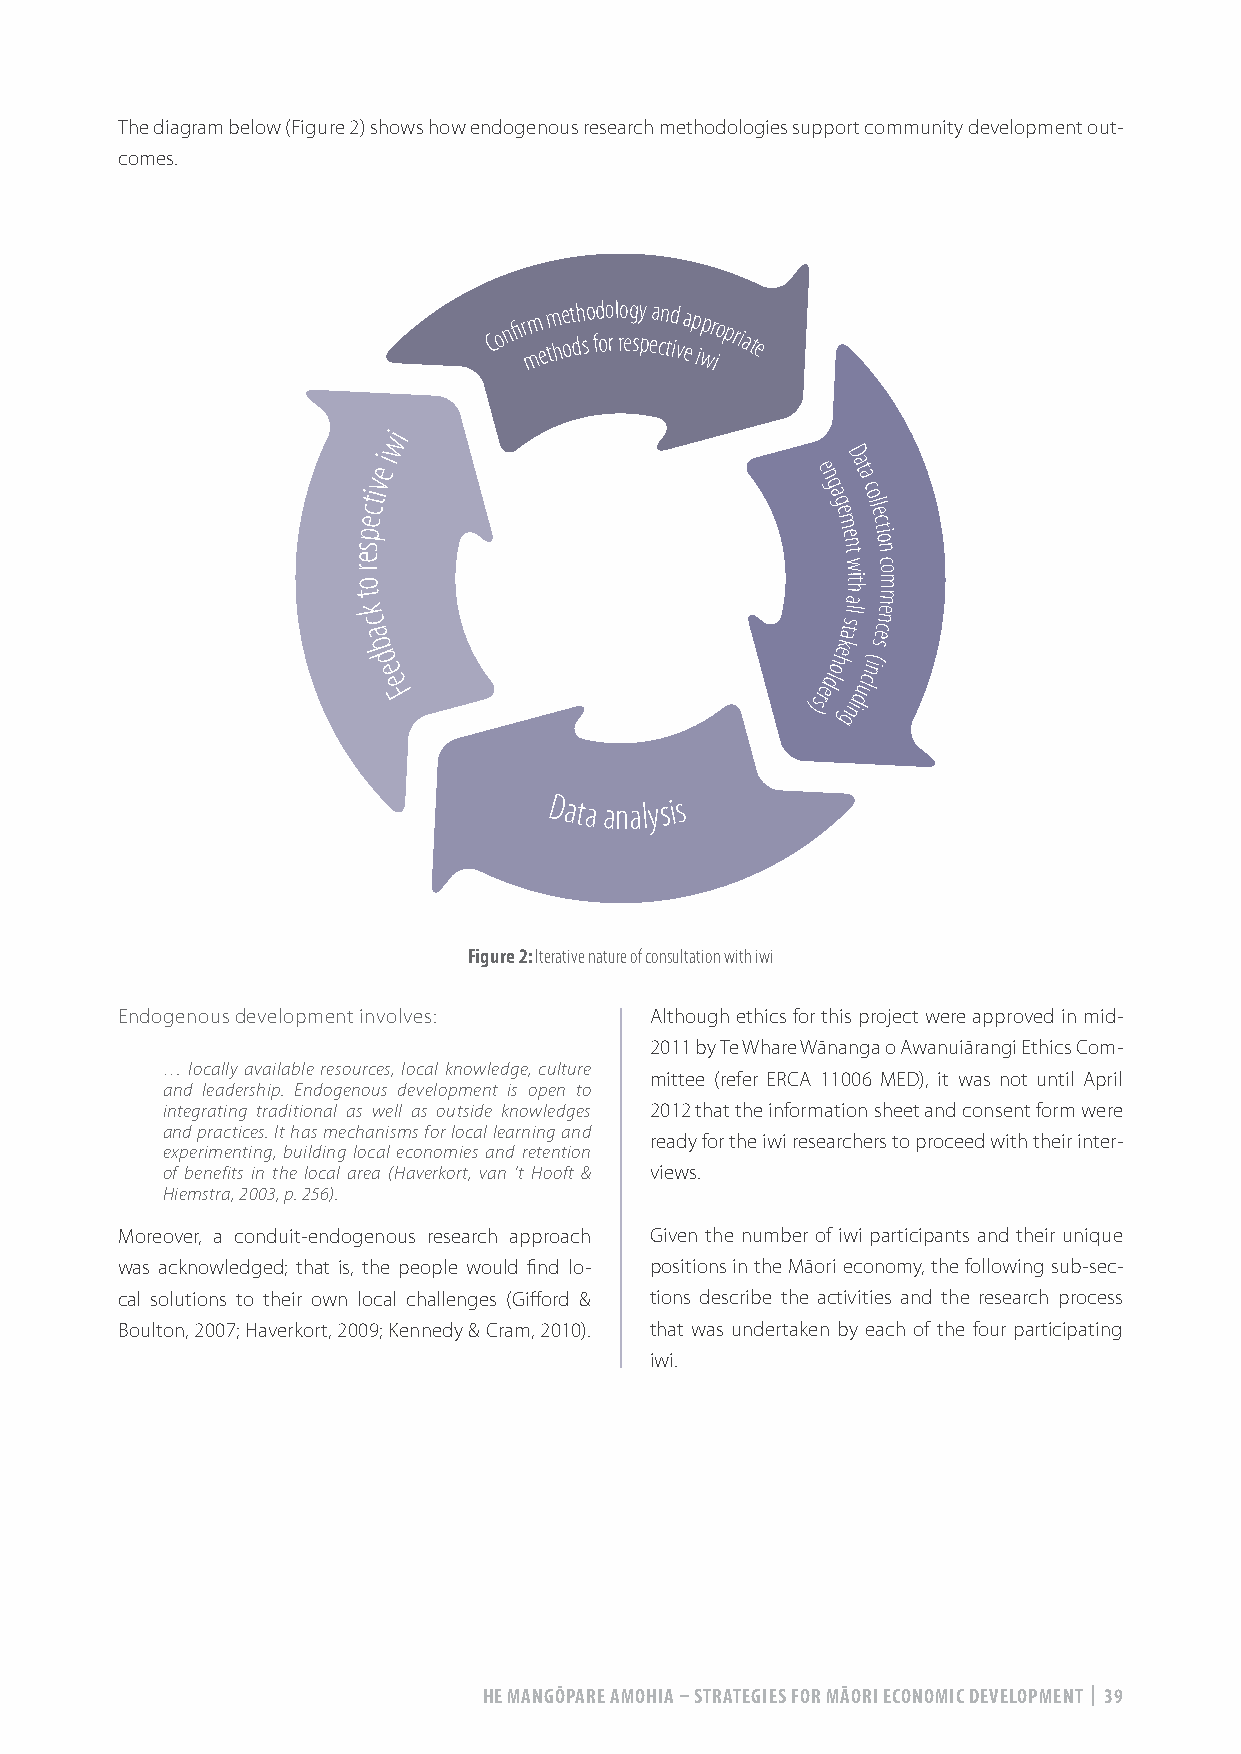
The diagram below (Figure 2) shows how endogenous research methodologies support community development out-
 comes.
 Con fi r mm etm he ot dh so fd oo
 r
 l ro eg sy
 p
 ea cn td
 iv
 ea p iwpr iopriate
 wi
 e
 i                            eD
 at
 ctiv                          n
 g
 a
 ga
 c
 oll
 e                               e me c
 resp                            e
 n t
 wtio
 n
 c
 o
 o                                ith m
 t
 k
 c
 a
 kats
 lla secnem
 b
 d
 e
 e
 F
 )sredlohe
 nidulcni(
 g
 Data analysi s
 Figure 2: Iterative nature of consultation with iwi
 Endogenous development involves:   Although ethics for this project were approved in mid-
 2011 by Te Whare Wānanga o Awanuiārangi Ethics Com-
 … locally available resources, local knowledge, culture
 mittee (refer ERCA 11006 MED), it was not until April
 and leadership. Endogenous development is open to
 integrating traditional as well as outside knowledges 2012 that the information sheet and consent form were
 and practices. It has mechanisms for local learning and
 ready for the iwi researchers to proceed with their inter-
 experimenting, building local economies and retention
 of benefits in the local area (Haverkort, van ‘t Hooft & views.
 Hiemstra, 2003, p. 256).
 Moreover, a conduit-endogenous research approach Given the number of iwi participants and their unique
 was acknowledged; that is, the people would find lo- positions in the Māori economy, the following sub-sec-
 cal solutions to their own local challenges (Gifford & tions describe the activities and the research process
 Boulton, 2007; Haverkort, 2009; Kennedy & Cram, 2010). that was undertaken by each of the four participating
 iwi.
 HE MANGŌPARE AMOHIA – STRATEGIES FOR MĀORI ECONOMIC DEVELOPMENT | 39